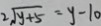
2 \sqrt { y + 5 } = y - 1 0